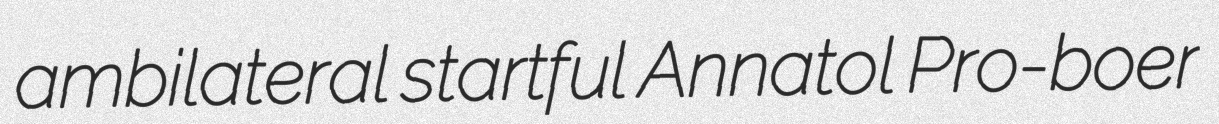
ambilateral startful Annatol Pro-boer